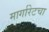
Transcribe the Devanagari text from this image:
मार्गारेटचा